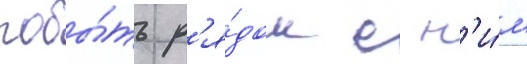
побы́ть р'я́дом с н'и́м